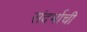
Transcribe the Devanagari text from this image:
संदर्भाची